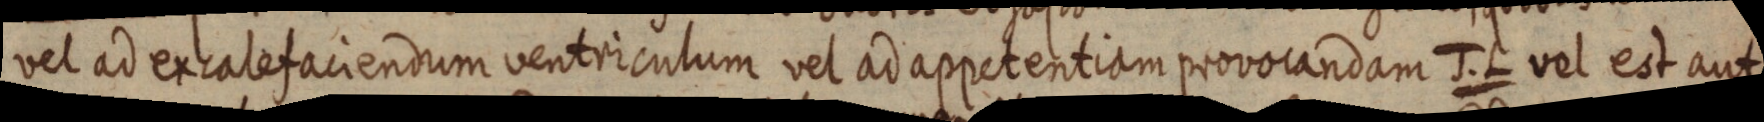
vel ad excalefaciendum ventriculum vel ad appetentiam provocandam J. L vel est aut